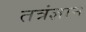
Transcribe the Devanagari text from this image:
तत्रंज्ञान